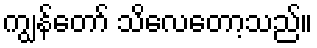
ကျွန်တော် သိလေတော့သည်။